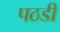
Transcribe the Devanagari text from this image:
पठडी